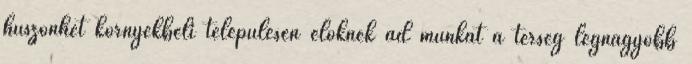
huszonhét környékbeli településen élôknek ad munkát a térség legnagyobb